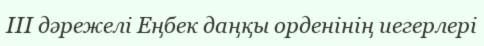
III дәрежелі Еңбек даңқы орденінің иегерлері